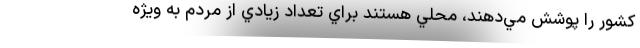
كشور را پوشش مي‌دهند، محلي هستند براي تعداد زيادي از مردم به ويژه